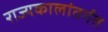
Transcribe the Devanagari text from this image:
राज्यकालांतर्गत